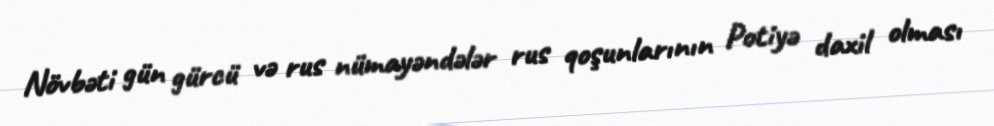
Növbəti gün gürcü və rus nümayəndələr rus qoşunlarının Potiyə daxil olması